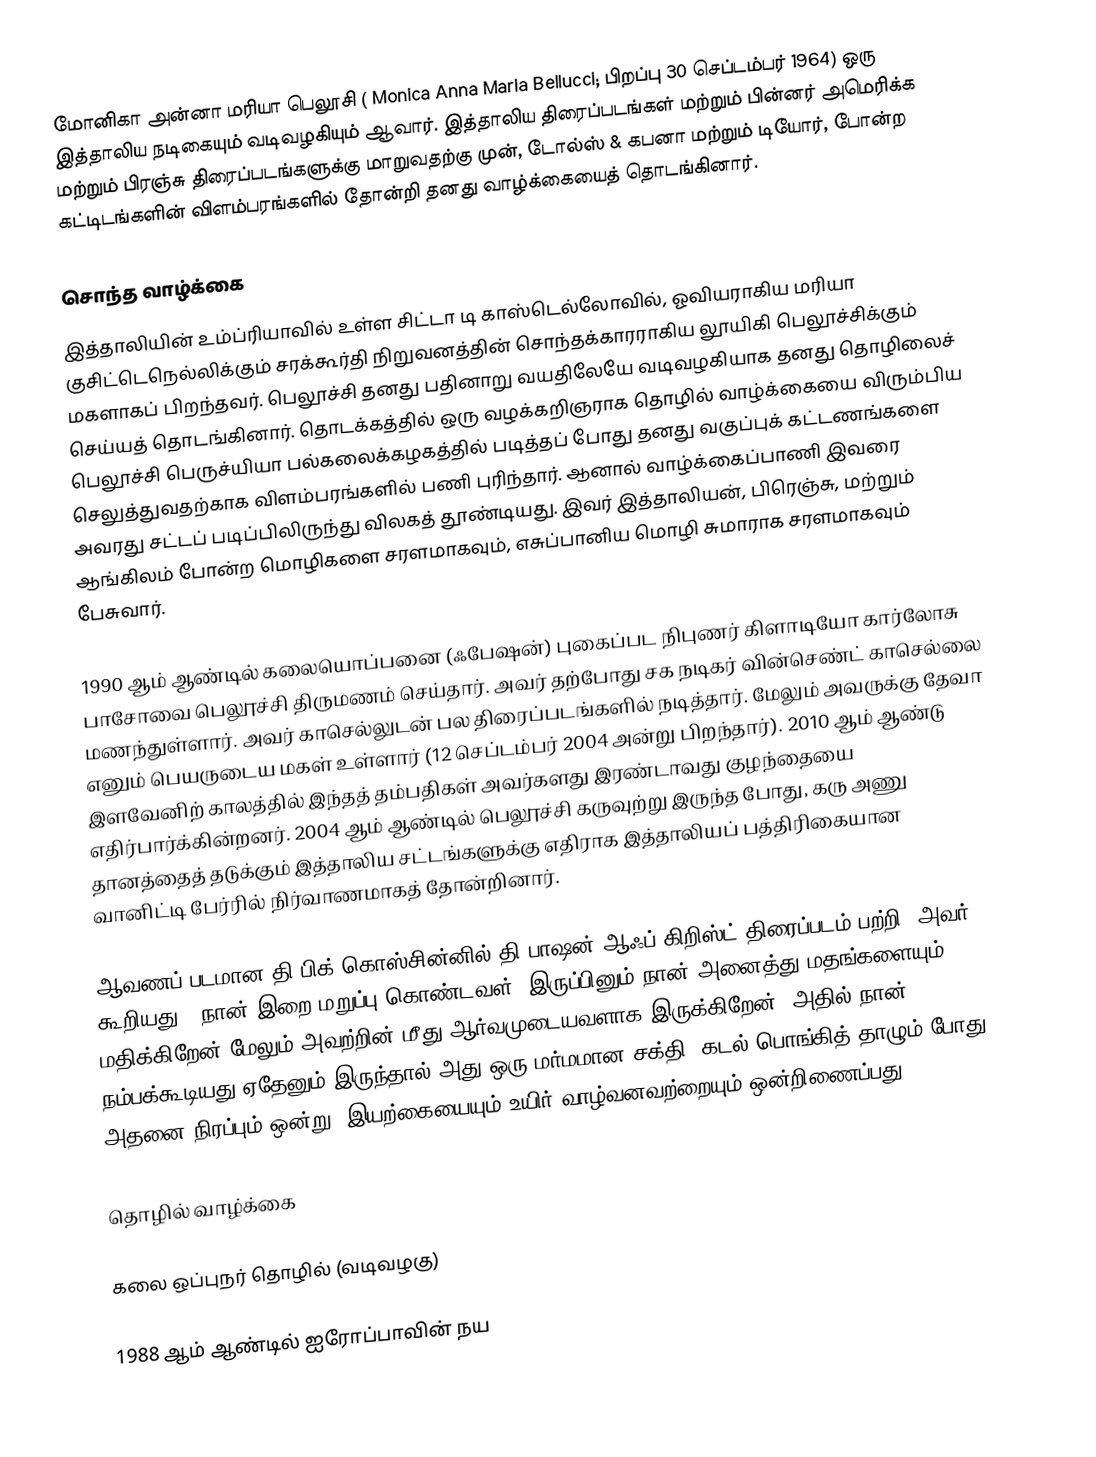
மோனிகா அன்னா மரியா பெலூசி ( Monica Anna Maria Bellucci; பிறப்பு 30 செப்டம்பர் 1964) ஒரு இத்தாலிய நடிகையும் வடிவழகியும் ஆவார். இத்தாலிய திரைப்படங்கள் மற்றும் பின்னர் அமெரிக்க மற்றும் பிரஞ்சு திரைப்படங்களுக்கு மாறுவதற்கு முன், டோல்ஸ் & கபனா மற்றும் டியோர், போன்ற கட்டிடங்களின் விளம்பரங்களில் தோன்றி தனது வாழ்க்கையைத் தொடங்கினார்.

சொந்த வாழ்க்கை
இத்தாலியின் உம்ப்ரியாவில் உள்ள சிட்டா டி காஸ்டெல்லோவில், ஓவியராகிய மரியா குசிட்டெநெல்லிக்கும் சரக்கூர்தி நிறுவனத்தின் சொந்தக்காரராகிய லூயிகி பெலூச்சிக்கும் மகளாகப் பிறந்தவர். பெலூச்சி தனது பதினாறு வயதிலேயே வடிவழகியாக தனது தொழிலைச் செய்யத் தொடங்கினார். தொடக்கத்தில் ஒரு வழக்கறிஞராக தொழில் வாழ்க்கையை விரும்பிய பெலூச்சி பெருச்யியா பல்கலைக்கழகத்தில் படித்தப் போது தனது வகுப்புக் கட்டணங்களை செலுத்துவதற்காக விளம்பரங்களில் பணி புரிந்தார். ஆனால் வாழ்க்கைப்பாணி இவரை அவரது சட்டப் படிப்பிலிருந்து விலகத் தூண்டியது. இவர் இத்தாலியன், பிரெஞ்சு, மற்றும் ஆங்கிலம் போன்ற மொழிகளை சரளமாகவும், எசுப்பானிய மொழி சுமாராக சரளமாகவும் பேசுவார்.

1990 ஆம் ஆண்டில் கலையொப்பனை (ஃபேஷன்) புகைப்பட நிபுணர் கிளாடியோ கார்லோசு பாசோவை பெலூச்சி திருமணம் செய்தார். அவர் தற்போது சக நடிகர் வின்செண்ட் காசெல்லை மணந்துள்ளார். அவர் காசெல்லுடன் பல திரைப்படங்களில் நடித்தார். மேலும் அவருக்கு தேவா எனும் பெயருடைய மகள் உள்ளார் (12 செப்டம்பர் 2004 அன்று பிறந்தார்). 2010 ஆம் ஆண்டு இளவேனிற் காலத்தில் இந்தத் தம்பதிகள் அவர்களது இரண்டாவது குழந்தையை எதிர்பார்க்கின்றனர். 2004 ஆம் ஆண்டில் பெலூச்சி கருவுற்று இருந்த போது, கரு அணு தானத்தைத் தடுக்கும் இத்தாலிய சட்டங்களுக்கு எதிராக இத்தாலியப் பத்திரிகையான வானிட்டி பேர்ரில் நிர்வாணமாகத் தோன்றினார்.

ஆவணப் படமான தி பிக் கொஸ்சின்னில் தி பாஷன் ஆஃப் கிறிஸ்ட் திரைப்படம் பற்றி, அவர் கூறியது: "நான் இறை மறுப்பு கொண்டவள். இருப்பினும் நான் அனைத்து மதங்களையும் மதிக்கிறேன் மேலும் அவற்றின் மீது ஆர்வமுடையவளாக இருக்கிறேன். அதில் நான் நம்பக்கூடியது ஏதேனும் இருந்தால் அது ஒரு மர்மமான சக்தி; கடல் பொங்கித் தாழும் போது அதனை நிரப்பும் ஒன்று, இயற்கையையும் உயிர் வாழ்வனவற்றையும் ஒன்றிணைப்பது."

தொழில் வாழ்க்கை

கலை ஒப்புநர் தொழில் (வடிவழகு)

1988 ஆம் ஆண்டில் ஐரோப்பாவின் நய